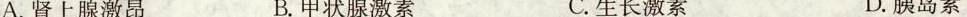
A.肾上腺激昂 B.甲状腺激素 C.生长激素 D.胰岛素